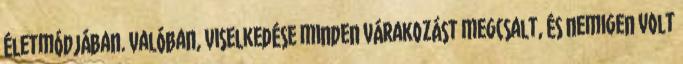
életmódjában. Valóban, viselkedése minden várakozást megcsalt, és nemigen volt